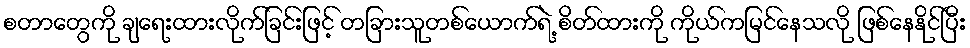
စတာတွေကို ချရေးထားလိုက်ခြင်းဖြင့် တခြားသူတစ်ယောက်ရဲ့ စိတ်ထားကို ကိုယ်ကမြင်နေသလို ဖြစ်နေနိုင်ပြီး